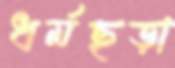
ধর্মছড়া